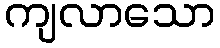
ကျလာသော